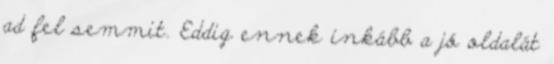
ad fel semmit. Eddig ennek inkább a jó oldalát